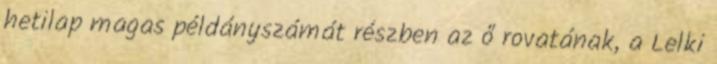
hetilap magas példányszámát részben az ő rovatának, a Lelki